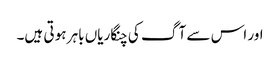
اور اس سے آ گ کی چنگاریاں باہر ہو تی ہیں۔